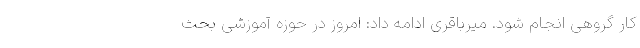
کار گروهی انجام شود. میرباقری ادامه داد: امروز در حوزه آموزشی بحث